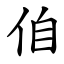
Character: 㑑